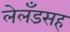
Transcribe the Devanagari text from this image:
लेलँडसह